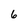
Character: 6